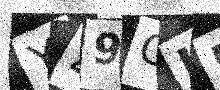
Text: Y49CLP